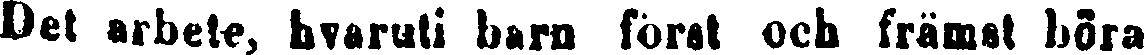
Det arbete, hvaruti barn först och främst böra